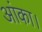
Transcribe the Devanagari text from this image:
आंका।